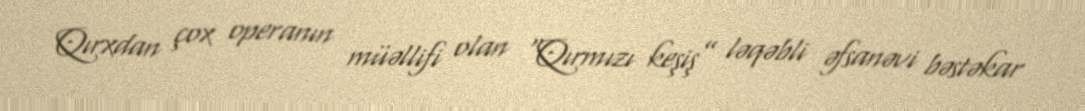
Qırxdan çox operanın müəllifi olan “Qırmızı keşiş” ləqəbli əfsanəvi bəstəkar